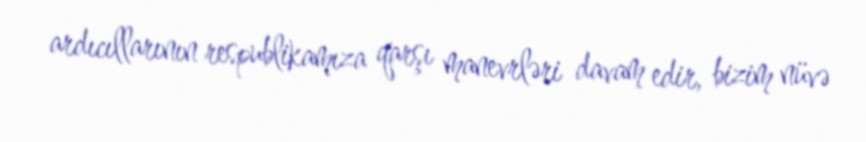
ardıcıllarının respublikamıza qarşı manevrləri davam edir, bizim nüvə